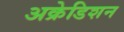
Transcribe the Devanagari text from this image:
अक्रेडिशन